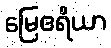
မြေဧရိယာ